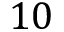
1 0